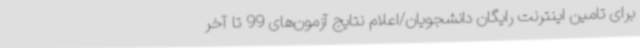
برای تامین اینترنت رایگان دانشجویان/اعلام نتایج آزمون‌های 99 تا آخر